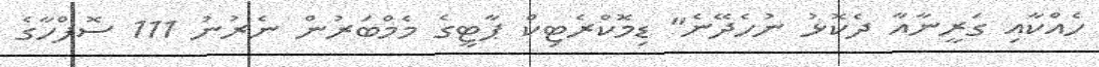
ހެއްކާއި ގަރީނާއާ ދެކޮޅު ނުހެދޭނެ" ޑިމޮކްރެޓިކް ޕާޓީގެ މެމްބަރުން ނެރުނު 111 ސޮފްހާގެ